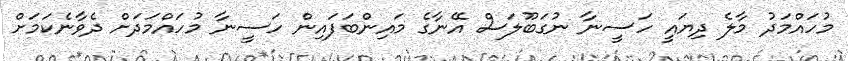
މުހައްމަދު މާލެ ދިޔައީ ހަސީނާ ނުގަބޫލަސް އޭނާގެ މައިންބަފައިން ހަސީނާ މުހައްމަދަށް ދެވާނެކަމަށް